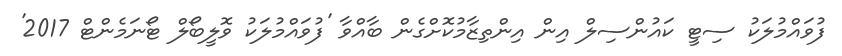
ފުވައްމުލަކު ސިޓީ ކައުންސިލް އިން އިންތިޒާމުކޮށްގެން ބާއްވާ 'ފުވައްމުލަކު ވޮލީބޯލް ޓޯނަމެންޓް 2017'